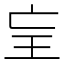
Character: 𤣴